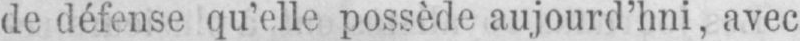
de défense qu’elle possède aujourd’hui, avec